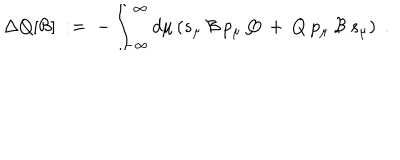
\Delta Q [ { \mathcal { B } } ] \; : = \; - \int _ { - \infty } ^ { \infty } d \mu \left( s _ { \mu } \: { \mathcal { B } } \: p _ { \mu } \: Q \: + \: Q \: p _ { \mu } \: { \mathcal { B } } \: s _ { \mu } \right) \; .